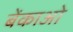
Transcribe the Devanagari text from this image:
बेंकाओ